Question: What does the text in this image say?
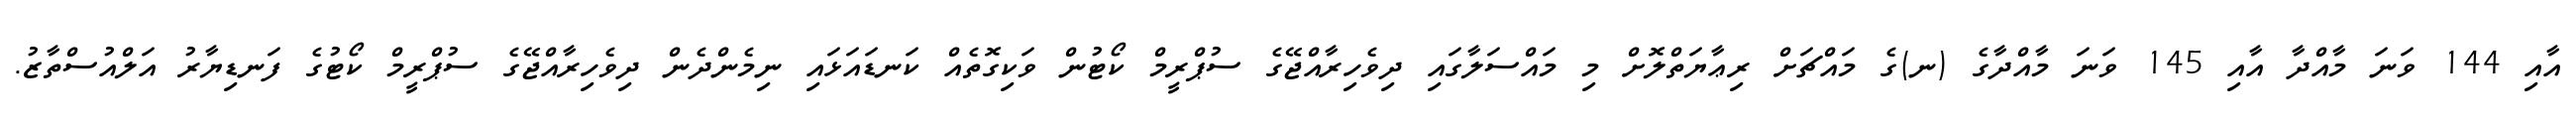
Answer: އާއި 144 ވަނަ މާއްދާ އާއި 145 ވަނަ މާއްދާގެ (ނ)ގެ މައްޗަށް ރިޢާޔަތްލޮށް މި މައްސަލާގައި ދިވެހިރާއްޖޭގެ ސުޕްރީމް ކޯޓުން ވަކިގޮތެއް ކަނޑައަޅައި ނިމެންދެން ދިވެހިރާއްޖޭގެ ސުޕްރީމް ކޯޓުގެ ފަނޑިޔާރު އަލްއުސްތާޒު.